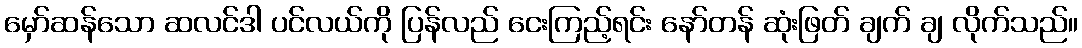
မှော်ဆန်သော ဆလင်ဒါ ပင်လယ်ကို ပြန်လည် ငေးကြည့်ရင်း နော်တန် ဆုံးဖြတ် ချက် ချ လိုက်သည်။